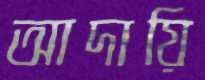
আদায়ি